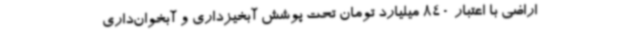
اراضی با اعتبار 840 میلیارد تومان تحت پوشش آبخیزداری و آبخوان‌داری